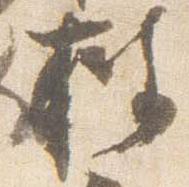
披